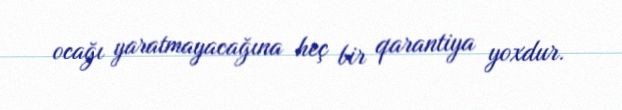
ocağı yaratmayacağına heç bir qarantiya yoxdur.